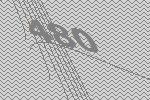
480